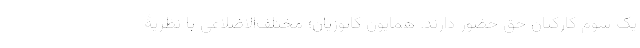
یک سوم کارکنان حق حضور دارند. همایون کاتوزیان؛ مختلف‌الاضلاعی با نظریۀ